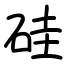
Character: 硅